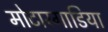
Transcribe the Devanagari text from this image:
मोटारगाडिया